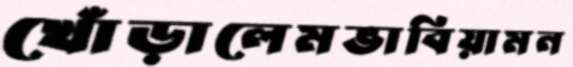
খোঁড়ালেমভাবিয়ামন